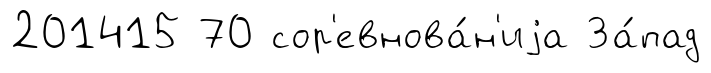
201415 70 сор'евнова́н'иjа За́пад